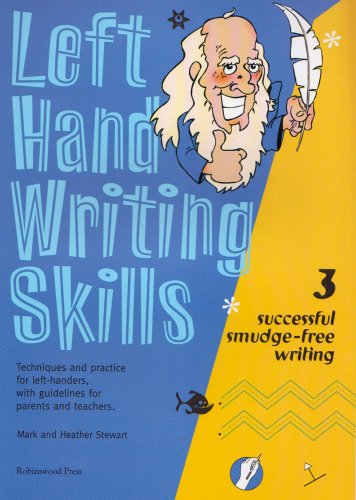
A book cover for Left Hand Writing Skills: Book 3: Successful Smudge-Free Writing (bk. 3); Mark Stewart; Reference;